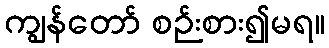
ကျွန်တော် စဉ်းစား၍မရ။